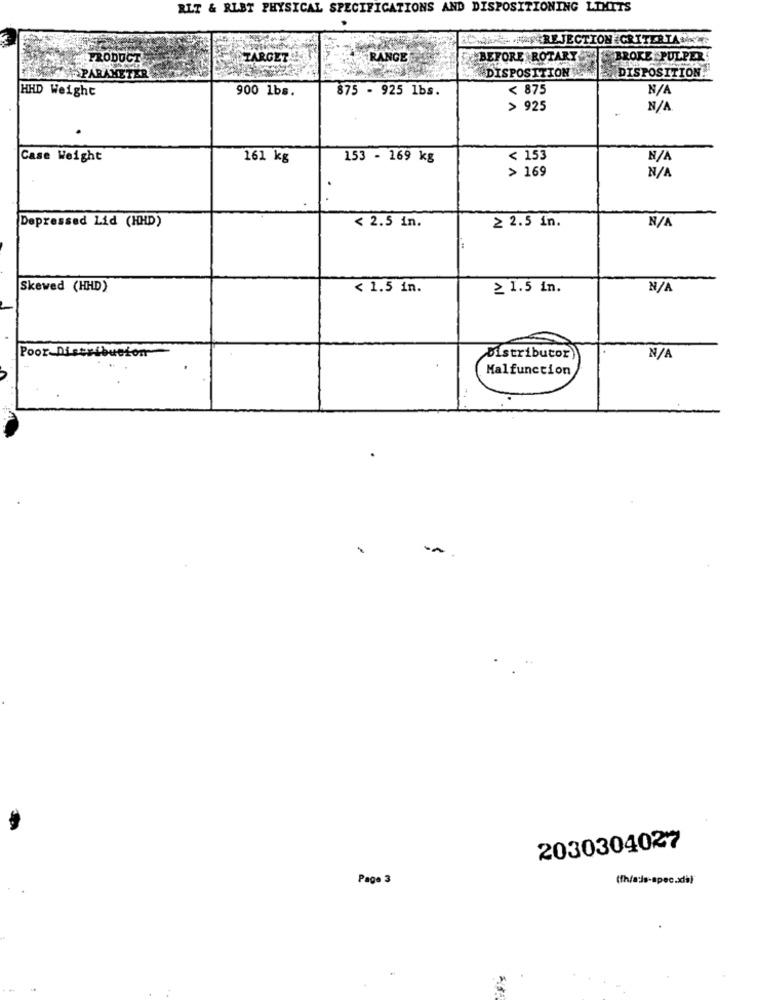
RLT & RLBT PHYSICAL SPECIFICATIONS AND DISPOSITIONING LIMITS
OWind. ş REJECTION CRITERIA.
PRODUCT
TARGET
RANGE
.BEFORE ROTARY
BROKE PULPER
DISPOSITION!
#SPARAMETER
DISPOSITION
HHD Weight
900 1bs.
875 - 925 lbs.
< 875
> 925
Case Weight
161 kg
153 - 169 kg
< 153
> 169
.
Depressed Lid (HHD)
< 2.5 in.
≥ 2.5 in.
Skewed (HHD)
< 1.5 in.
≥ 1.5 in.
Poor Distribucion
Distributor)
Malfunction
2030304027
Page 3
(fh/ards-spec.xia)